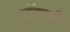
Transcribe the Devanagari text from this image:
नॉस्वर्दी